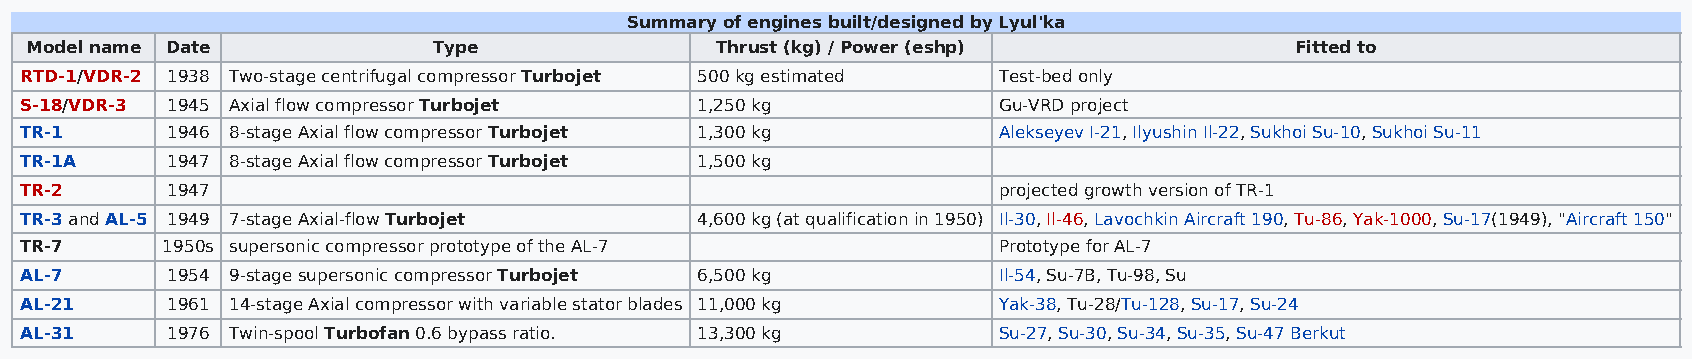
Summary of engines built/designed by Lyul'ka
 Model name Date            Type              Thrust (kg) / Power (eshp)             Fitted to
 RTD-1/VDR-2 1938 Two-stage centrifugal compressor Turbojet 500 kg estimated Test-bed only
 S-18/VDR-3 1945 Axial flow compressor Turbojet 1,250 kg          Gu-VRD project
 TR-1      1946 8-stage Axial flow compressor Turbojet 1,300 kg   Alekseyev I-21, Ilyushin Il-22, Sukhoi Su-10, Sukhoi Su-11
 TR-1A     1947 8-stage Axial flow compressor Turbojet 1,500 kg
 TR-2      1947                                                   projected growth version of TR-1
 TR-3 and AL-5 1949 7-stage Axial-flow Turbojet 4,600 kg (at qualification in 1950) Il-30, Il-46, Lavochkin Aircraft 190, Tu-86, Yak-1000, Su-17(1949), "Aircraft 150"
 TR-7      1950s supersonic compressor prototype of the AL-7      Prototype for AL-7
 AL-7      1954 9-stage supersonic compressor Turbojet 6,500 kg   Il-54, Su-7B, Tu-98, Su
 AL-21     1961 14-stage Axial compressor with variable stator blades 11,000 kg Yak-38, Tu-28/Tu-128, Su-17, Su-24
 AL-31     1976 Twin-spool Turbofan 0.6 bypass ratio. 13,300 kg   Su-27, Su-30, Su-34, Su-35, Su-47 Berkut